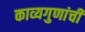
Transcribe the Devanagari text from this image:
काव्यगुणांची